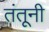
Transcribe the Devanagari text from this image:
तंतूनी